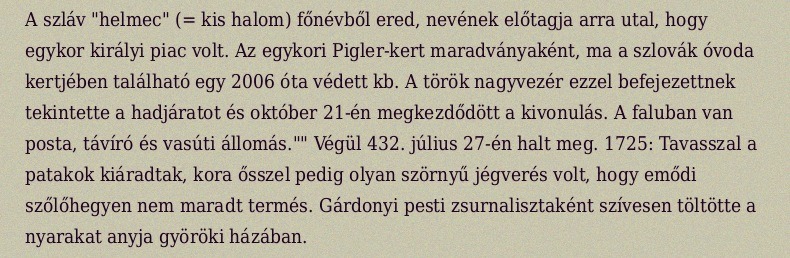
A szláv "helmec" (= kis halom) főnévből ered, nevének előtagja arra utal, hogy egykor királyi piac volt. Az egykori Pigler-kert maradványaként, ma a szlovák óvoda kertjében található egy 2006 óta védett kb. A török nagyvezér ezzel befejezettnek tekintette a hadjáratot és október 21-én megkezdődött a kivonulás. A faluban van posta, távíró és vasúti állomás."" Végül 432. július 27-én halt meg. 1725: Tavasszal a patakok kiáradtak, kora ősszel pedig olyan szörnyű jégverés volt, hogy emődi szőlőhegyen nem maradt termés. Gárdonyi pesti zsurnalisztaként szívesen töltötte a nyarakat anyja györöki házában.